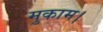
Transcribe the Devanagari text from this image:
मुकाम।